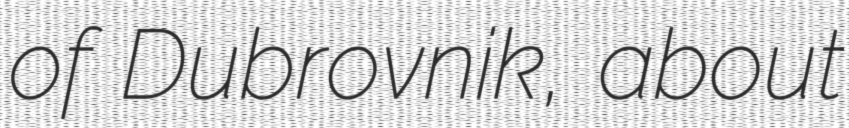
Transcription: of Dubrovnik, about